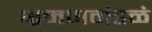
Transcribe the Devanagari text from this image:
भ्रमणमंडळं